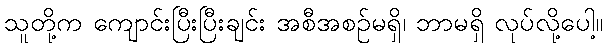
သူတို့က ကျောင်းပြီးပြီးချင်း အစီအစဉ်မရှိ၊ ဘာမရှိ လုပ်လို့ပေါ့။